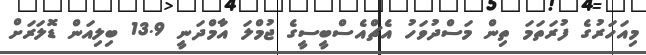
މިއަހަރުގެ ފުރަތަމަ ތިން މަސްދުވަހު އެޗްއެސްބީސީގެ ޖުމްލަ އާމްދަނީ 13.9 ބިލިއަން ޑޮލަރަށް